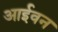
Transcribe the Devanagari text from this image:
आईवन